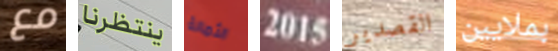
مع ينتظرنا الثمالة 2015 القصدير بملايين